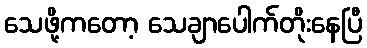
သေဖို့ကတော့ သေချာပေါက်တိုးနေပြီ